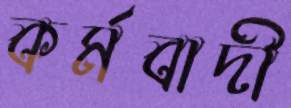
কর্মবাদী